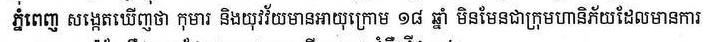
ភ្នំពេញ សង្កេតឃើញថា កុមារ និងយុវវ័យមានអាយុក្រោម ១៨ ឆ្នាំ មិនមែនជាក្រុមមហានិភ័យដែលមានការ